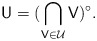
\begin{align*}\mathsf U = ( \bigcap_{\mathsf V \in \mathcal U} \mathsf V)^\circ.\end{align*}